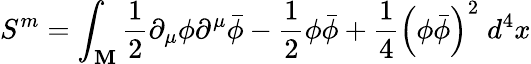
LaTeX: S^{m}=\int_{\mathbf{M}}\frac{{1}}{{2}}\partial_{\mu}\phi\partial^{\mu}\bar{{\phi}}-\frac{{1}}{{2}}\phi\bar{{\phi}}+\frac{{1}}{{4}}\left(\phi\bar{{\phi}}\right)^{2}\; d^{4}x